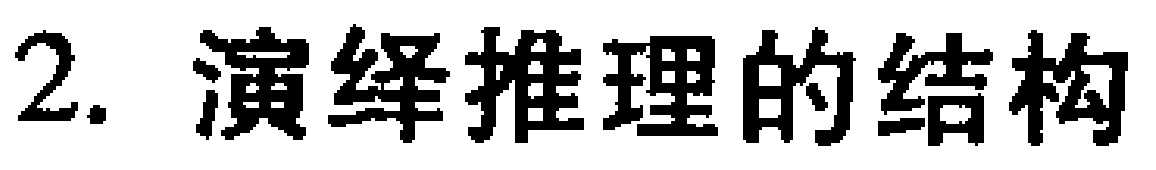
2. 演绎推理的结构